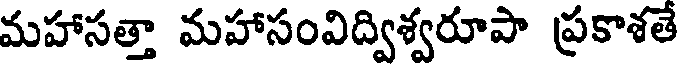
మహాసత్తా మహాసంవిద్విశ్వరూపా ప్రకాశతే